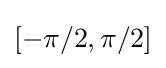
[-\pi /2,\pi /2]